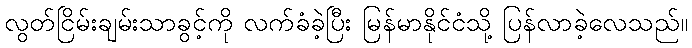
လွတ်ငြိမ်းချမ်းသာခွင့်ကို လက်ခံခဲ့ပြီး မြန်မာနိုင်ငံသို့ ပြန်လာခဲ့လေသည်။